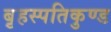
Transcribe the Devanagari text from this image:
बृहस्पतिकुण्ड